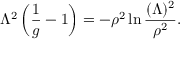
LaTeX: \Lambda ^ { 2 } \left( \frac { 1 } { g } - 1 \right) = - \rho ^ { 2 } \ln \frac { ( \Lambda ) ^ { 2 } } { \rho ^ { 2 } } .